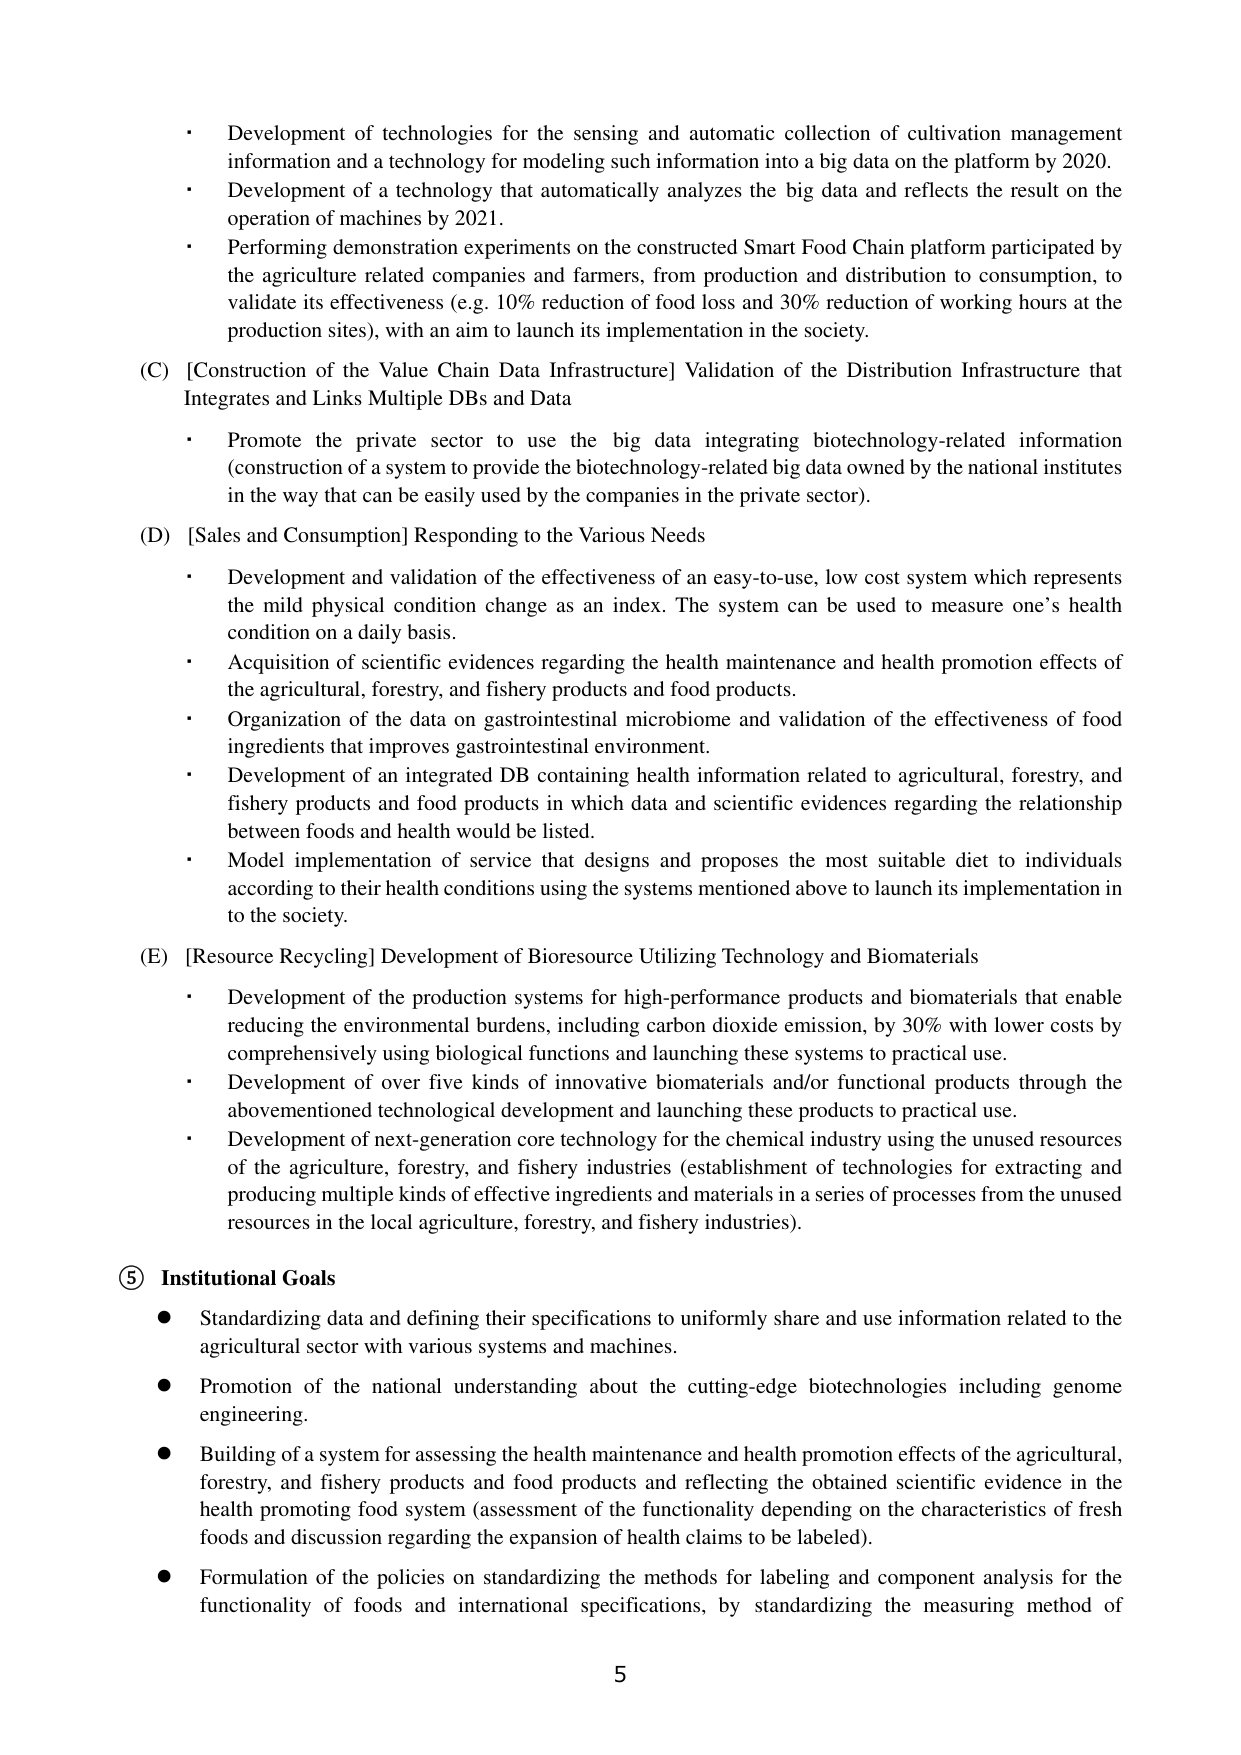
• Development of technologies for the sensing and automatic collection of cultivation management information and a technology for modeling such information into a big data on the platform by 2020.
• Development of a technology that automatically analyzes the big data and reflects the result on the operation of machines by 2021.
• Performing demonstration experiments on the constructed Smart Food Chain platform participated by the agriculture related companies and farmers, from production and distribution to consumption, to validate its effectiveness (e.g. 10% reduction of food loss and 30% reduction of working hours at the production sites), with an aim to launch its implementation in the society.

(C) [Construction of the Value Chain Data Infrastructure] Validation of the Distribution Infrastructure that Integrates and Links Multiple DBs and Data
• Promote the private sector to use the big data integrating biotechnology-related information (construction of a system to provide the biotechnology-related big data owned by the national institutes in the way that can be easily used by the companies in the private sector).

(D) [Sales and Consumption] Responding to the Various Needs
• Development and validation of the effectiveness of an easy-to-use, low cost system which represents the mild physical condition change as an index. The system can be used to measure one’s health condition on a daily basis.
• Acquisition of scientific evidences regarding the health maintenance and health promotion effects of the agricultural, forestry, and fishery products and food products.
• Organization of the data on gastrointestinal microbiome and validation of the effectiveness of food ingredients that improves gastrointestinal environment.
• Development of an integrated DB containing health information related to agricultural, forestry, and fishery products and food products in which data and scientific evidences regarding the relationship between foods and health would be listed.
• Model implementation of service that designs and proposes the most suitable diet to individuals according to their health conditions using the systems mentioned above to launch its implementation in to the society.

(E) [Resource Recycling] Development of Bioresource Utilizing Technology and Biomaterials
• Development of the production systems for high-performance products and biomaterials that enable reducing the environmental burdens, including carbon dioxide emission, by 30% with lower costs by comprehensively using biological functions and launching these systems to practical use.
• Development of over five kinds of innovative biomaterials and/or functional products through the abovementioned technological development and launching these products to practical use.
• Development of next-generation core technology for the chemical industry using the unused resources of the agriculture, forestry, and fishery industries (establishment of technologies for extracting and producing multiple kinds of effective ingredients and materials in a series of processes from the unused resources in the local agriculture, forestry, and fishery industries).

⑤ Institutional Goals
• Standardizing data and defining their specifications to uniformly share and use information related to the agricultural sector with various systems and machines.
• Promotion of the national understanding about the cutting-edge biotechnologies including genome engineering.
• Building of a system for assessing the health maintenance and health promotion effects of the agricultural, forestry, and fishery products and food products and reflecting the obtained scientific evidence in the health promoting food system (assessment of the functionality depending on the characteristics of fresh foods and discussion regarding the expansion of health claims to be labeled).
• Formulation of the policies on standardizing the methods for labeling and component analysis for the functionality of foods and international specifications, by standardizing the measuring method of

5